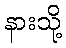
နားသို့